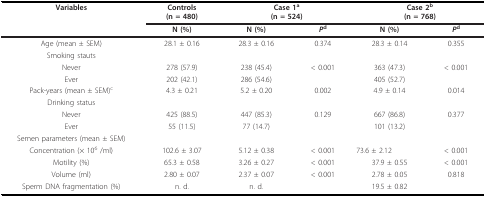
<table><thead><tr><td><b>Variables</b></td><td><b>Controls(n = 480)</b></td><td colspan="2"><b>Case 1<sup>a</sup>(n = 524)</b></td><td colspan="2"><b>Case 2<sup>b</sup>(n = 768)</b></td></tr><tr><td></td><td><b>N (%)</b></td><td><b>N (%)</b></td><td><b><i>P</i><sup>d</sup></b></td><td><b>N (%)</b></td><td><b><i>P</i><sup>d</sup></b></td></tr></thead><tbody><tr><td>Age (mean ± SEM)</td><td>28.1 ± 0.16</td><td>28.3 ± 0.16</td><td>0.374</td><td>28.3 ± 0.14</td><td>0.355</td></tr><tr><td>Smoking stauts</td><td></td><td></td><td></td><td></td><td></td></tr><tr><td>Never</td><td>278 (57.9)</td><td>238 (45.4)</td><td>&lt; 0.001</td><td>363 (47.3)</td><td>&lt; 0.001</td></tr><tr><td>Ever</td><td>202 (42.1)</td><td>286 (54.6)</td><td></td><td>405 (52.7)</td><td></td></tr><tr><td>Pack-years (mean ± SEM)<sup>c</sup></td><td>4.3 ± 0.21</td><td>5.2 ± 0.20</td><td>0.002</td><td>4.9 ± 0.14</td><td>0.014</td></tr><tr><td>Drinking status</td><td></td><td></td><td></td><td></td><td></td></tr><tr><td>Never</td><td>425 (88.5)</td><td>447 (85.3)</td><td>0.129</td><td>667 (86.8)</td><td>0.377</td></tr><tr><td>Ever</td><td>55 (11.5)</td><td>77 (14.7)</td><td></td><td>101 (13.2)</td><td></td></tr><tr><td>Semen parameters (mean ± SEM)</td><td></td><td></td><td></td><td></td><td></td></tr><tr><td>Concentration (× 10<sup>6 </sup>/ml)</td><td>102.6 ± 3.07</td><td>5.12 ± 0.38</td><td>&lt; 0.001</td><td>73.6 ± 2.12</td><td>&lt; 0.001</td></tr><tr><td>Motility (%)</td><td>65.3 ± 0.58</td><td>3.26 ± 0.27</td><td>&lt; 0.001</td><td>37.9 ± 0.55</td><td>&lt; 0.001</td></tr><tr><td>Volume (ml)</td><td>2.80 ± 0.07</td><td>2.37 ± 0.07</td><td>&lt; 0.001</td><td>2.78 ± 0.05</td><td>0.818</td></tr><tr><td>Sperm DNA fragmentation (%)</td><td>n. d.</td><td>n. d.</td><td></td><td>19.5 ± 0.82</td><td></td></tr></tbody></table>